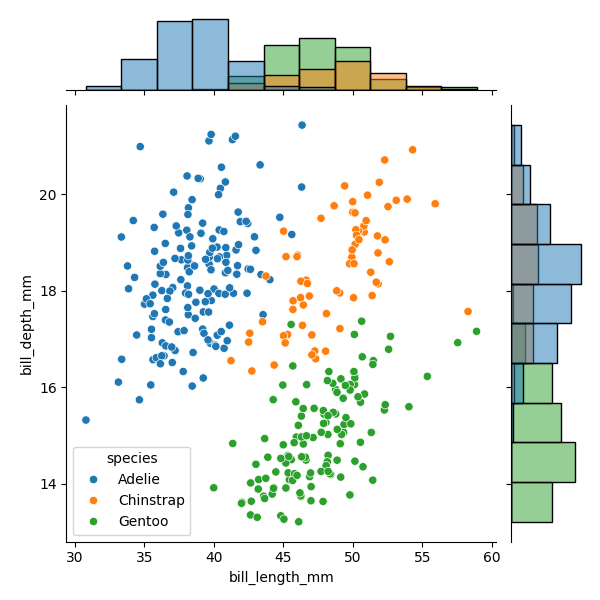
python, seaborn, JointGrid, scatterplot, histplot, hue